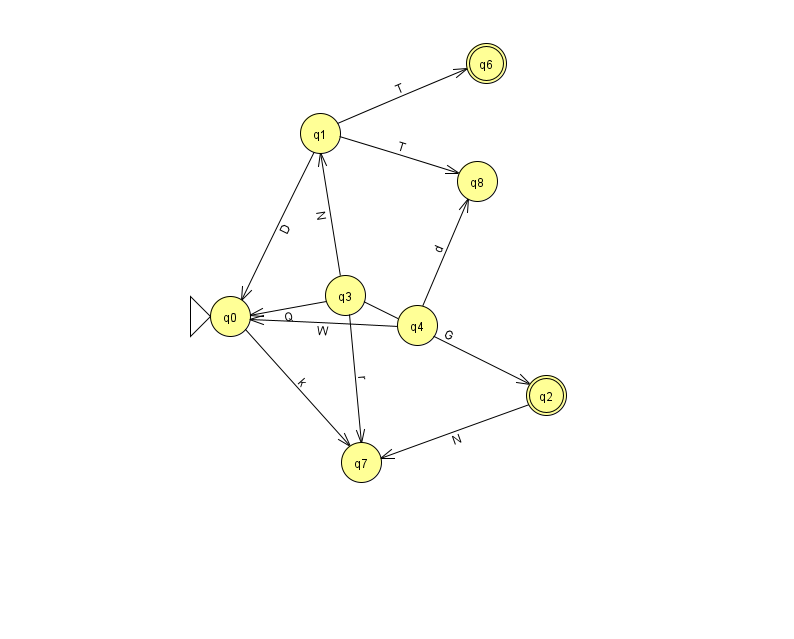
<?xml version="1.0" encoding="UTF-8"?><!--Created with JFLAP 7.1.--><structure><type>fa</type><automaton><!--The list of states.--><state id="0" name="q0"><x>230.0</x><y>303.0</y><initial/></state><state id="1" name="q1"><x>320.0</x><y>120.0</y></state><state id="2" name="q2"><x>546.0</x><y>382.0</y><final/></state><state id="3" name="q3"><x>345.0</x><y>282.0</y></state><state id="4" name="q4"><x>417.0</x><y>312.0</y></state><state id="6" name="q6"><x>486.0</x><y>50.0</y><final/></state><state id="7" name="q7"><x>361.0</x><y>449.0</y></state><state id="8" name="q8"><x>477.0</x><y>168.0</y></state><!--The list of transitions.--><transition><from>4</from><to>8</to><read>d</read></transition><transition><from>1</from><to>8</to><read>T</read></transition><transition><from>1</from><to>0</to><read>D</read></transition><transition><from>3</from><to>0</to><read>Q</read></transition><transition><from>3</from><to>2</to><read>G</read></transition><transition><from>2</from><to>7</to><read>N</read></transition><transition><from>4</from><to>0</to><read>W</read></transition><transition><from>0</from><to>7</to><read>k</read></transition><transition><from>1</from><to>6</to><read>T</read></transition><transition><from>3</from><to>7</to><read>r</read></transition><transition><from>3</from><to>1</to><read>N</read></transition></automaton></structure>